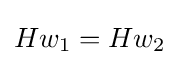
Hw_{1}=Hw_{2}